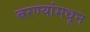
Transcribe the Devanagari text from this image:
बरण्यांमधून